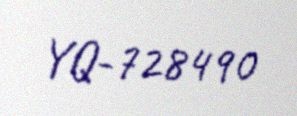
YQ-728490